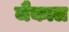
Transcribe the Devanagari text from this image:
जैकाल